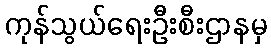
ကုန်သွယ်ရေးဦးစီးဌာနမှ